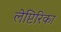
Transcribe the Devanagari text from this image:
लेप्टिरिका